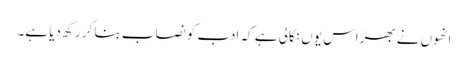
انھوں نے بھڑاس یوں نکالی ہے کہ ادب کو نصاب بنا کر رکھ دیا ہے۔